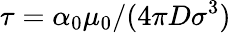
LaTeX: \tau=\alpha_{0}\mu_{0}/(4\pi D\sigma^{3})